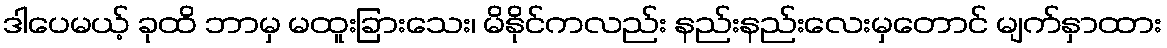
ဒါပေမယ့် ခုထိ ဘာမှ မထူးခြားသေး၊ မိနိုင်ကလည်း နည်းနည်းလေးမှတောင် မျက်နှာထား